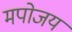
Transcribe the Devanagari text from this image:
मपोजय